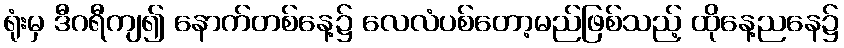
ရုံးမှ ဒီဂရီကျ၍ နောက်တစ်နေ့၌ လေလံပစ်တော့မည်ဖြစ်သည့် ထိုနေ့ညနေ၌